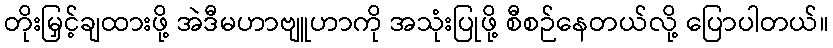
တိုးမြှင့်ချထားဖို့ အဲဒီမဟာဗျူဟာကို အသုံးပြုဖို့ စီစဉ်နေတယ်လို့ ပြောပါတယ်။